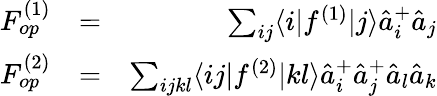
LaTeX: \begin{array}{rlr}{F_{op}^{(1)}}&{=}&{\sum_{ij}\langle i|f^{(1)}|j\rangle\hat{a}_{i}^{+}\hat{a}_{j}}\\ {F_{op}^{(2)}}&{=}&{\sum_{ijkl}\langle ij|f^{(2)}|kl\rangle\hat{a}_{i}^{+}\hat{a}_{j}^{+}\hat{a}_{l}\hat{a}_{k}}\end{array}